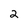
Character: 2